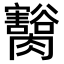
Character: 𦢽